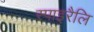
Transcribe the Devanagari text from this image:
स्पाइरैलि